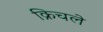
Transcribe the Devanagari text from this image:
क्रिचले